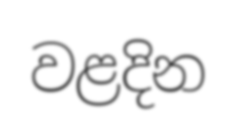
වළදින